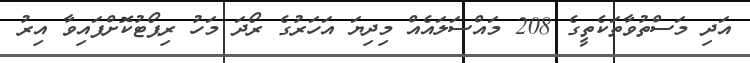
އަދި މަސްތުވާތަކެތީގެ 208 މައްސަލައެއް މިދިޔަ އަހަރުގެ ރޯދަ މަހު ރިޕޯޓުކޮށްފައިވާ އިރު